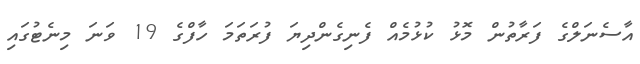
އާސެނަލްގެ ފަރާތުން މޮޅު ކުޅުމެއް ފެނިގެންދިޔަ ފުރަތަމަ ހާފްގެ 19 ވަނަ މިނެޓުގައި